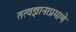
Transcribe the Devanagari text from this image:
तत्वज्ञानाप्रमाणे